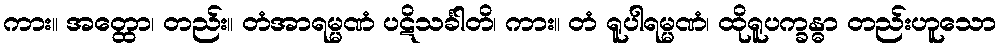
ကား။ အတ္ထော၊ တည်း။ တံအာရမ္မဏံ ပဋိသင်္ခါတိ၊ ကား။ တံ ရူပါရမ္မဏံ၊ ထိုရူပက္ခန္ဓာ တည်းဟူသော